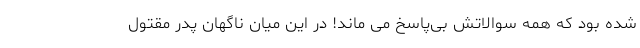
شده بود که همه سوالاتش بی‌پاسخ می ماند! در این میان ناگهان پدر مقتول